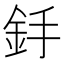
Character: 𨥋